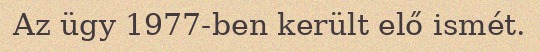
Az ügy 1977-ben került elő ismét.